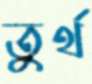
তুর্থ